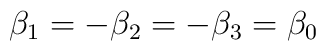
\beta_1=-\beta_2=-\beta_3=\beta_0